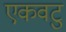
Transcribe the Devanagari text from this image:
एकवटु